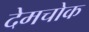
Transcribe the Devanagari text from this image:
देमचोक